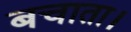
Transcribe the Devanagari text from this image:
बचाता।